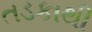
તડકાથી